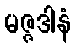
မဇ္ဇဒါနံ